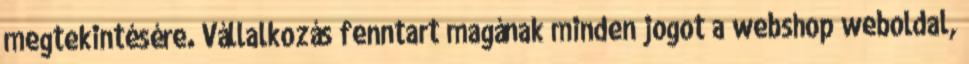
megtekintésére. Vállalkozás fenntart magának minden jogot a webshop weboldal,